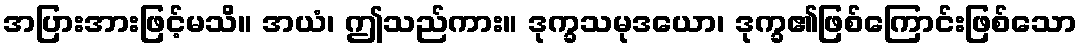
အပြားအားဖြင့်မသိ။ အယံ၊ ဤသည်ကား။ ဒုက္ခသမုဒယော၊ ဒုက္ခ၏ဖြစ်ကြောင်းဖြစ်သော